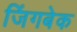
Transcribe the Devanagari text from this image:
जिंगबेक